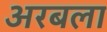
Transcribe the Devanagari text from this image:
अरबला